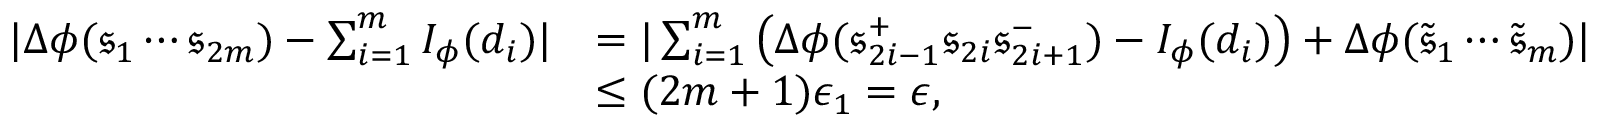
\begin{array} { r l } { | \Delta \phi ( \mathfrak { s } _ { 1 } \cdots \mathfrak { s } _ { 2 m } ) - \sum _ { i = 1 } ^ { m } I _ { \phi } ( d _ { i } ) | } & { = | \sum _ { i = 1 } ^ { m } \left( \Delta \phi ( \mathfrak { s } _ { 2 i - 1 } ^ { + } \mathfrak { s } _ { 2 i } \mathfrak { s } _ { 2 i + 1 } ^ { - } ) - I _ { \phi } ( d _ { i } ) \right) + \Delta \phi ( \tilde { \mathfrak { s } } _ { 1 } \cdots \tilde { \mathfrak { s } } _ { m } ) | } \\ & { \leq ( 2 m + 1 ) \epsilon _ { 1 } = \epsilon , } \end{array}